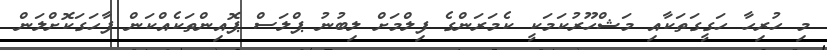
މި ހުރިހާ ހަގީގަތަކާއި މަޝްހޫރުކަމަކީ ކެމަރަންގެ ފިލްމަށް ލިބުނު ޕްލަސް ޕޮއިންތަކެއްކަން ފާހަގަކޮށްލަން